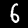
Label: 6